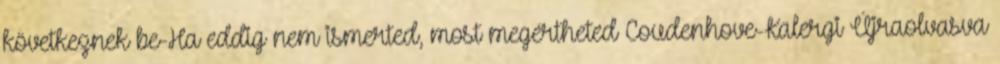
következnek be-Ha eddig nem ismerted, most megértheted Coudenhove-Kalergi Újraolvasva